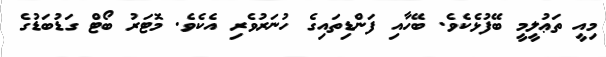
މިއީ ތަޢުލީމީ ބޭފުޅެކެވެ. ބޭހާއި ފަންޑިތައިގެ ހުނަރުވެރި އެކެވެ. މޮޓަރު ބޯޓް ގަޑުބަޑުގެ